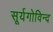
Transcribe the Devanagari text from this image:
सूर्यगोविन्द